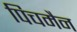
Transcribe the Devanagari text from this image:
पिचमैन